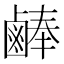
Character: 𪉪